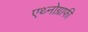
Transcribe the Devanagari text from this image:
एथ्नोग्राफी